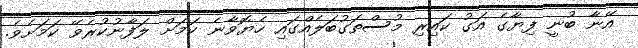
އޭނާ ބުނީ ފިޔާގެ އަގު ކައިރި މުސްތަގުބަލެއްގައި ހެޔޮވާނެ ކަމަށް ލަފާނުކުރެވޭ ކަމަށެވެ.